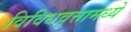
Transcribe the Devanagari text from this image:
विविधवृत्तामध्ये